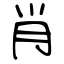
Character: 肖